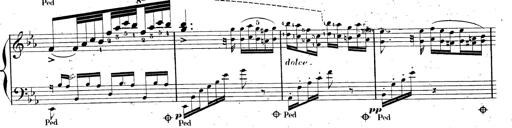
Title: AnnÃ©es de pÃ¨lerinage II, SupplÃ©ment
Composer: Franz Liszt